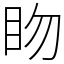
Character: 䀛